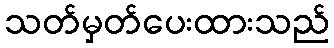
သတ်မှတ်ပေးထားသည်